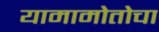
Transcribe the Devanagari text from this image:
यामामोतोचा